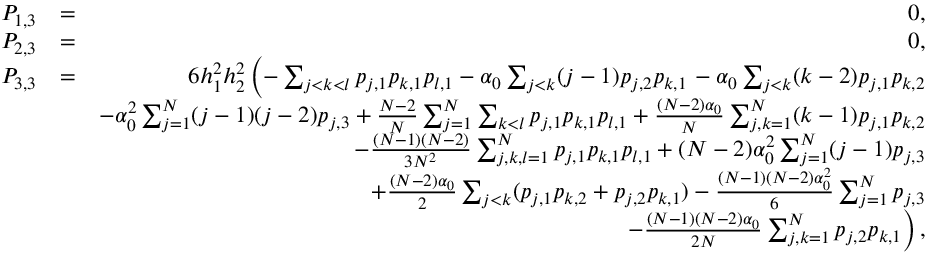
\begin{array} { r l r } { P _ { 1 , 3 } } & { = } & { 0 , } \\ { P _ { 2 , 3 } } & { = } & { 0 , } \\ { P _ { 3 , 3 } } & { = } & { 6 h _ { 1 } ^ { 2 } h _ { 2 } ^ { 2 } \left( - \sum _ { j < k < l } p _ { j , 1 } p _ { k , 1 } p _ { l , 1 } - \alpha _ { 0 } \sum _ { j < k } ( j - 1 ) p _ { j , 2 } p _ { k , 1 } \right. - \alpha _ { 0 } \sum _ { j < k } ( k - 2 ) p _ { j , 1 } p _ { k , 2 } } \\ & { } & { - { \alpha _ { 0 } ^ { 2 } } \sum _ { j = 1 } ^ { N } ( j - 1 ) ( j - 2 ) p _ { j , 3 } + \frac { N - 2 } { N } \sum _ { j = 1 } ^ { N } \sum _ { k < l } p _ { j , 1 } p _ { k , 1 } p _ { l , 1 } + \frac { ( N - 2 ) \alpha _ { 0 } } { N } \sum _ { j , k = 1 } ^ { N } ( k - 1 ) p _ { j , 1 } p _ { k , 2 } } \\ & { } & { - \frac { ( N - 1 ) ( N - 2 ) } { 3 N ^ { 2 } } \sum _ { j , k , l = 1 } ^ { N } p _ { j , 1 } p _ { k , 1 } p _ { l , 1 } + { ( N - 2 ) \alpha _ { 0 } ^ { 2 } } \sum _ { j = 1 } ^ { N } ( j - 1 ) p _ { j , 3 } } \\ & { } & { + \frac { ( N - 2 ) \alpha _ { 0 } } { 2 } \sum _ { j < k } ( p _ { j , 1 } p _ { k , 2 } + p _ { j , 2 } p _ { k , 1 } ) - \frac { ( N - 1 ) ( N - 2 ) \alpha _ { 0 } ^ { 2 } } { 6 } \sum _ { j = 1 } ^ { N } p _ { j , 3 } } \\ & { } & { \left. - \frac { ( N - 1 ) ( N - 2 ) \alpha _ { 0 } } { 2 N } \sum _ { j , k = 1 } ^ { N } p _ { j , 2 } p _ { k , 1 } \right) , } \end{array}